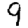
Digit: 9